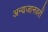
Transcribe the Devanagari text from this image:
अन्यजानवरों